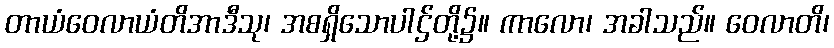
တာယံဝေလာယံတိအာဒီသု၊ အစရှိသောပါဌ်တို့၌။ ကာလော၊ အခါသည်။ ဝေလာတိ၊